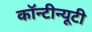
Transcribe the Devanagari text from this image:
कॉन्टीन्यूटी